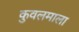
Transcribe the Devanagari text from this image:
कुवलमाला